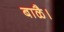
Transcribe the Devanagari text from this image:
बाळै।